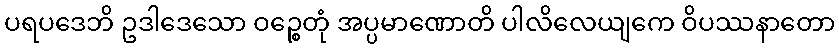
ပရပဒေဘိ ဥဒါဒေသော ဝဉ္စေတုံ အပ္ပမာဏောတိ ပါလိလေယျကေ ဝိပဿနာတော